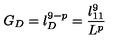
G _ { D } = l _ { D } ^ { 9 - p } = \frac { l _ { 1 1 } ^ { 9 } } { L ^ { p } }